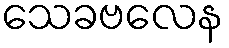
သေခဗလေန